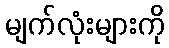
မျက်လုံးများကို